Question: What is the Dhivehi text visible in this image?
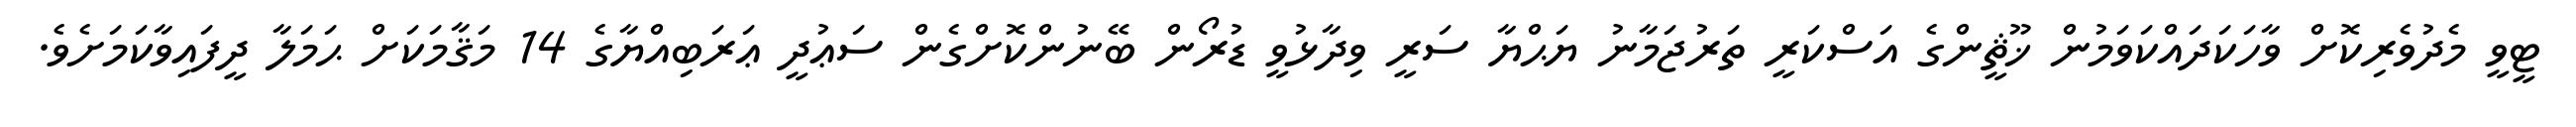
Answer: ޓީވީ މެދުވެރިކޮށް ވާހަކަދައްކަވަމުން ޚޫޘީންގެ އަސްކަރީ ތަރުޖަމާނު ޔަޙްޔާ ސަރީ ވިދާޅުވީ ޑުރޯން ބޭނުންކޮށްގެން ސަޢުދީ ޢަރަބިއްޔާގެ 14 މަޤާމަކަށް ޙަމަލާ ދީފައިވާކަމަށެވެ.